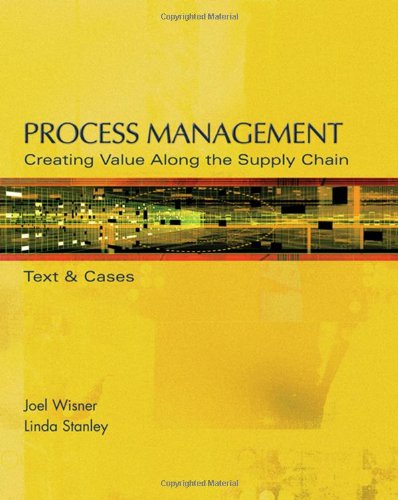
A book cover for Process Management: Creating Value Along the Supply Chain (with CD-ROM and InfoTrac); Joel D. Wisner; Business & Money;